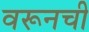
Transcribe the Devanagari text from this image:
वरूनची